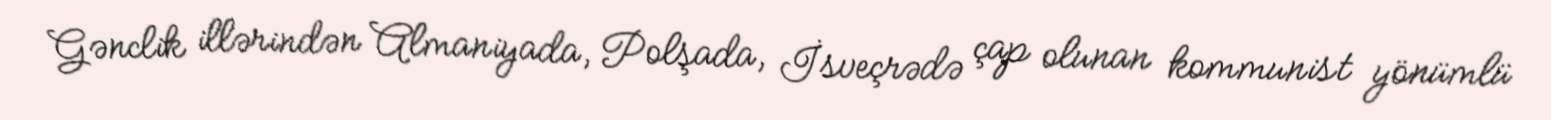
Gənclik illərindən Almaniyada, Polşada, İsveçrədə çap olunan kommunist yönümlü